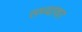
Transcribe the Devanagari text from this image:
तथ्यावर